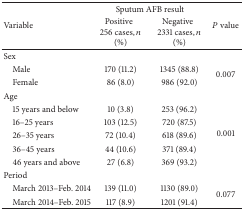
<table><thead><tr><td rowspan="2"><b> Variable</b></td><td colspan="2"><b>Sputum AFB result</b></td><td rowspan="2"><b><i>P</i> value</b></td></tr><tr><td><b>Positive256 cases, <i>n</i> (%)</b></td><td><b>Negative2331 cases, <i>n</i> (%)</b></td></tr></thead><tbody><tr><td>Sex</td><td> </td><td> </td><td> </td></tr><tr><td> Male</td><td>170 (11.2)</td><td>1345 (88.8)</td><td rowspan="2">0.007</td></tr><tr><td> Female</td><td>86 (8.0)</td><td>986 (92.0)</td></tr><tr><td>Age</td><td> </td><td> </td><td> </td></tr><tr><td> 15 years and below</td><td>10 (3.8)</td><td>253 (96.2)</td><td rowspan="5">0.001</td></tr><tr><td> 16–25 years</td><td>103 (12.5)</td><td>720 (87.5)</td></tr><tr><td> 26–35 years</td><td>72 (10.4)</td><td>618 (89.6)</td></tr><tr><td> 36–45 years</td><td>44 (10.6)</td><td>371 (89.4)</td></tr><tr><td> 46 years and above</td><td>27 (6.8)</td><td>369 (93.2)</td></tr><tr><td>Period</td><td> </td><td> </td><td> </td></tr><tr><td> March 2013–Feb. 2014</td><td>139 (11.0)</td><td>1130 (89.0)</td><td rowspan="2">0.077</td></tr><tr><td> March 2014–Feb. 2015</td><td>117 (8.9)</td><td>1201 (91.4)</td></tr></tbody></table>